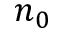
n _ { 0 }